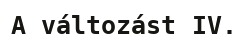
A változást IV.